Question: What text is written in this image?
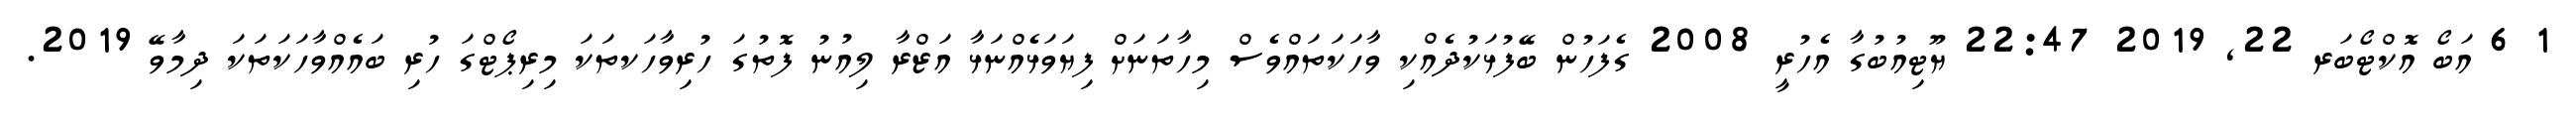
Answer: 1 6 އަބޯ އޮކްޓޯބަރ 22, 2019 22:47 ޔޫޓިއުބުގާ އެހުރީ 2008 ގެފަހުން ބޭފުޅަކުދެއްކި ވާހަކަތައްވެސް މިހާތަނަށް ފިޔަވަޅެއްނަޅާ އަޒްރާ ލިއުނު ފޮތުގަ ހުރިވާހަކތަކަ މިރިޕޯޓްގަ ހުރި ބައެއްވާހަކަތަކަ ދިމާވޭ 2019.